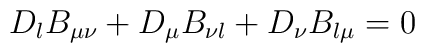
D_{\l} B_{\mu\nu} + D_{\mu} B_{\nu\l} +  D_{\nu} B_{\l\mu} = 0